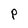
Character: P